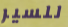
للسير